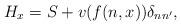
LaTeX: \begin{align*} H_x=S+v(f(n,x))\delta_{nn^\prime}, \end{align*}